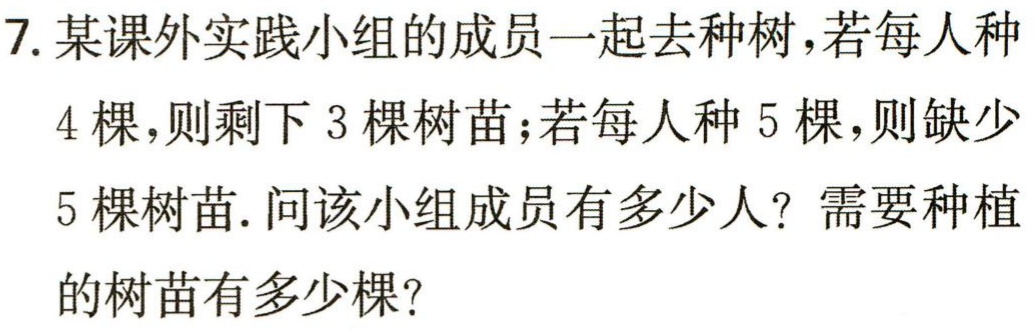
7. 某课外实践小组的成员一起去种树，若每人种

4 棵，则剩下 3 棵树苗；若每人种 5 棵，则缺少

5 棵树苗. 问该小组成员有多少人？需要种植

的树苗有多少棵？